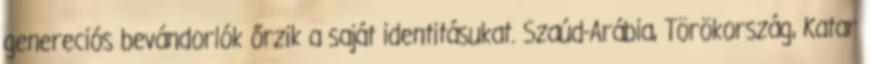
genereciós bevándorlók őrzik a saját identitásukat. Szaúd-Arábia, Törökország, Katar